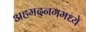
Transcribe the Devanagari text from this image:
अहमदनगमध्ये